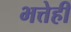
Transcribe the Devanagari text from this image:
भत्तेही